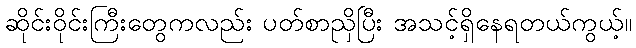
ဆိုင်းဝိုင်းကြီးတွေကလည်း ပတ်စာညှိပြီး အသင့်ရှိနေရတယ်ကွယ့်။